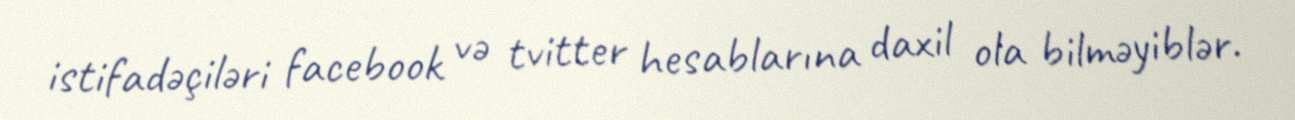
istifadəçiləri facebook və tvitter hesablarına daxil ola bilməyiblər.